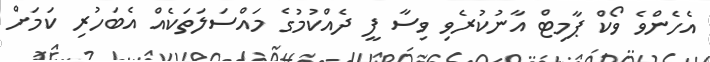
އެހެންވެ ވޯކް ޕާމިޓް އާނުކުރެވި ވިސާ ފީ ދެއްކުމުގެ މައްސަލަތަކެއް އެބަހުރި ކަމަށް